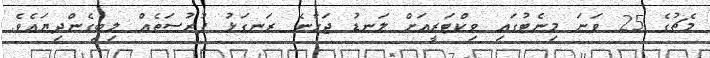
މެޗުގެ 25 ވަނަ މިނެޓުގައި ވިކްޓަރީއަށް ލަނޑު ޖަހާނެ ރަނގަޅު ފުރުސަތެއް ލިބިގެންދިޔައެވެ.